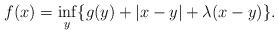
LaTeX: \begin{align*}f(x)=\inf_{y}\{ g(y)+|x-y|+\lambda(x-y) \}. \end{align*}